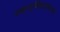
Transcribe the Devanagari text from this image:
पश्र्चात्‌विकासवागद